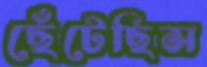
ছেঁটেছিস